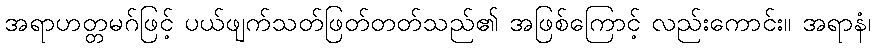
အရာဟတ္တမဂ်ဖြင့် ပယ်ဖျက်သတ်ဖြတ်တတ်သည်၏ အဖြစ်ကြောင့် လည်းကောင်း။ အရာနံ၊